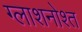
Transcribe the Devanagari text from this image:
ग्लाशनोश्त